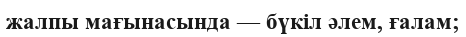
жалпы мағынасында — бүкіл әлем, ғалам;